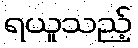
ရယူသည့်